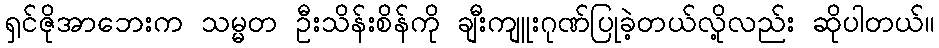
ရှင်ဇိုအာဘေးက သမ္မတ ဦးသိန်းစိန်ကို ချီးကျူးဂုဏ်ပြုခဲ့တယ်လို့လည်း ဆိုပါတယ်။